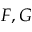
F , G